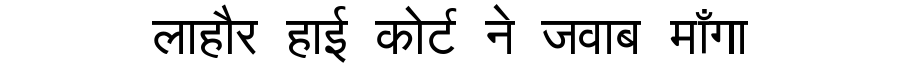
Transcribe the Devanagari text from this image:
लाहौर हाई कोर्ट ने जवाब माँगा